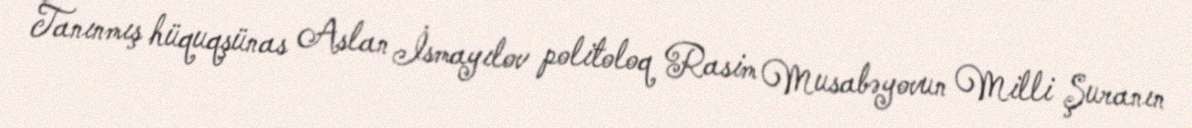
Tanınmış hüquqşünas Aslan İsmayılov politoloq Rasim Musabəyovun Milli Şuranın